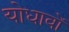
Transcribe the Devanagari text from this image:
योधावों